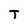
Character: T